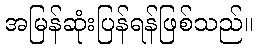
အမြန်ဆုံးပြန်ရန်ဖြစ်သည်။